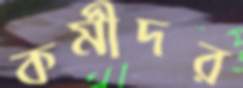
কর্মীদর